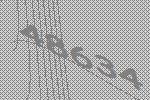
48634